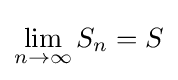
\lim _{n\to \infty }S_{n}=S